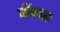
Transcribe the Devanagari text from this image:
लेंसट